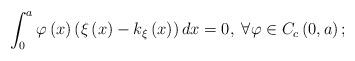
LaTeX: \begin{align*}\int_{0}^{a}\varphi\left(x\right)\left(\xi\left(x\right)-k_{\xi}\left(x\right)\right)dx=0,\;\forall\varphi\in C_{c}\left(0,a\right);\end{align*}